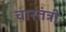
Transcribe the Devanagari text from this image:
चारतंत्री